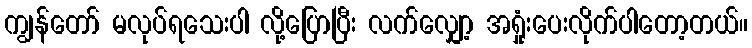
ကျွန်တော် မလုပ်ရသေးပါ လို့ပြောပြီး လက်လျှော့ အရှုံးပေးလိုက်ပါတော့တယ်။